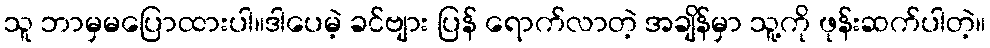
သူ ဘာမှမပြောထားပါ။ဒါပေမဲ့ ခင်ဗျား ပြန် ရောက်လာတဲ့ အချိန်မှာ သူ့ကို ဖုန်းဆက်ပါတဲ့။